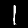
Digit: 1